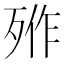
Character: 𣨐